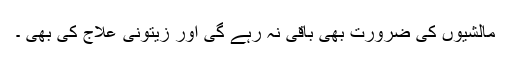
مالشیوں کی ضرورت بھی باقی نہ رہے گی اور زیتونی علاج کی بھی ۔